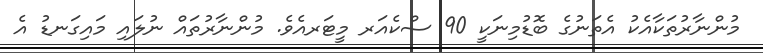
މުންނާރުތަކާއެކު އެތަނުގެ ބޮޑުމިނަކީ 90 ސްކެއަރ މީޓަރއެވެ. މުންނާރުތައް ނުލައި މައިގަނޑު އެ